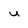
Character: u